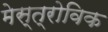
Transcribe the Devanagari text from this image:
मेस्त्रोविक